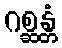
ဂစ္ဆန္တံ